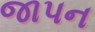
જાપન